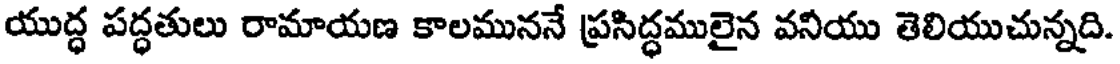
యుద్ధ పద్ధతులు రామాయణ కాలముననే ప్రసిద్ధములైన వనీయు తెలియుచున్నది.